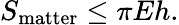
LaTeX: S_{\mathrm{matter}}\leq\pi Eh.